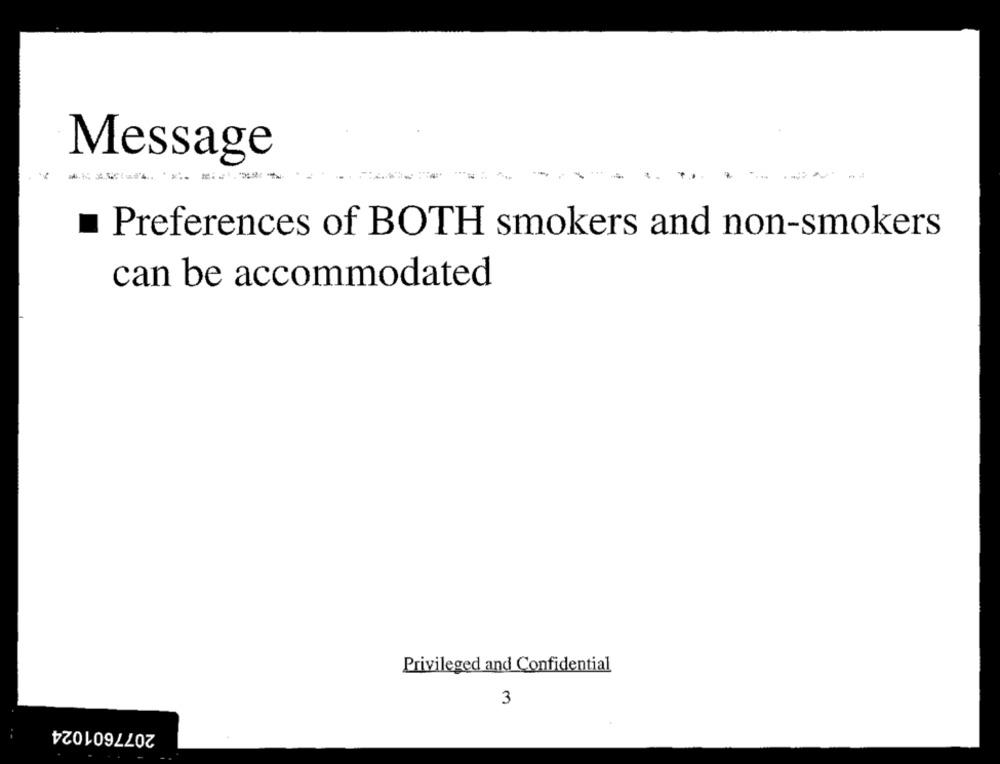
Message
Preferences of BOTH smokers and non-smokers
can be accommodated
Privileged and Confidential
3
2077601024